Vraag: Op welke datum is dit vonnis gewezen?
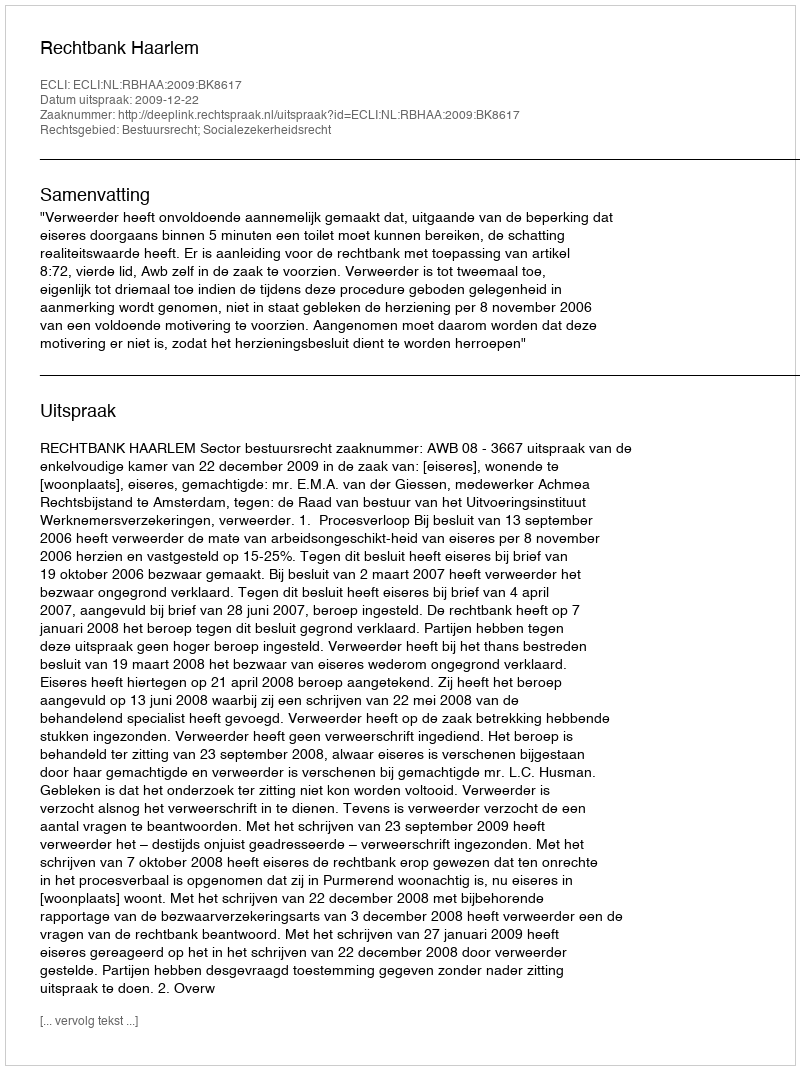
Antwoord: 2009-12-22